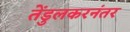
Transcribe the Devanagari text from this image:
तेंडुलकरनंतर